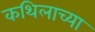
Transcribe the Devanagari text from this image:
कथिलाच्या